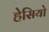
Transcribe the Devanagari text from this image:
हेसियो